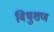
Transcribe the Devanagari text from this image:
विभुशण